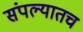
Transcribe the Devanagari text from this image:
संपल्यातच